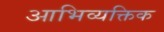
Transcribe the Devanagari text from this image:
आभिव्यक्तिक